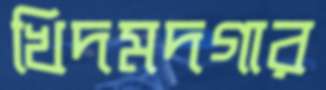
খিদমদগার